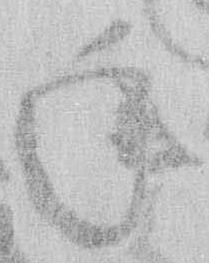
年